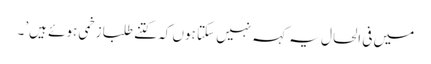
میں فی الحال یہ کہہ نہیں سکتا ہوں کہ کتنے طلبا زخمی ہوئے ہیں’۔